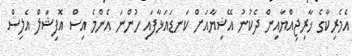
އެމެރިކާގެ ޚާރިޖިއްޔާއިން ދެކުނު އޭޝިޔާއަށް ކަނޑައަޅާފައި ހުންނަ އެންމެ އިސް އޮފިޝަލް އެލިސް